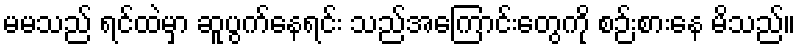
မမသည် ရင်ထဲမှာ ဆူပွက်နေရင်း သည်အကြောင်းတွေကို စဉ်းစားနေ မိသည်။